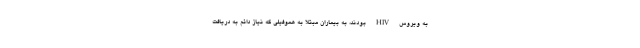
به ویروس HIV بودند، به بیماران مبتلا به هموفیلی که نیاز دائم به دریافت